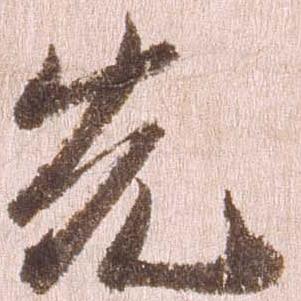
先